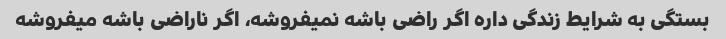
بستگی به شرایط زندگی داره اگر راضی باشه نمیفروشه، اگر ناراضی باشه میفروشه